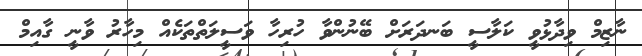
ނާޒިމް ވިދާޅުވީ ކަލާސީ ބަނދަރަށް ބޭނުންވާ ހުރިހާ ވަސީލަތްތަކެއް މިހާރު ވާނީ ގާއިމް